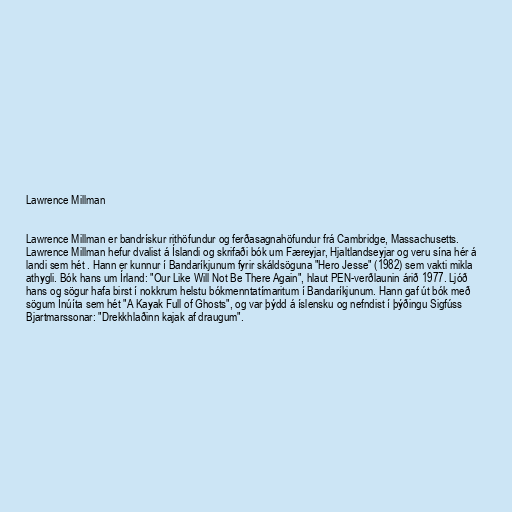
Lawrence Millman

Lawrence Millman er bandrískur rithöfundur og ferðasagnahöfundur frá Cambridge, Massachusetts.
Lawrence Millman hefur dvalist á Íslandi og skrifaði bók um Færeyjar, Hjaltlandseyjar og veru sína hér á
landi sem hét . Hann er kunnur í Bandaríkjunum fyrir skáldsöguna "Hero Jesse" (1982) sem vakti mikla
athygli. Bók hans um Írland: "Our Like Will Not Be There Again", hlaut PEN-verðlaunin árið 1977. Ljóð
hans og sögur hafa birst í nokkrum helstu bókmenntatímaritum í Bandaríkjunum. Hann gaf út bók með
sögum Ínúíta sem hét "A Kayak Full of Ghosts", og var þýdd á íslensku og nefndist í þýðingu Sigfúss
Bjartmarssonar: "Drekkhlaðinn kajak af draugum".